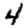
Digit: 4